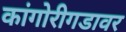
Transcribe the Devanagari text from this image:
कांगोरीगडावर